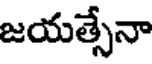
జయత్సేనా